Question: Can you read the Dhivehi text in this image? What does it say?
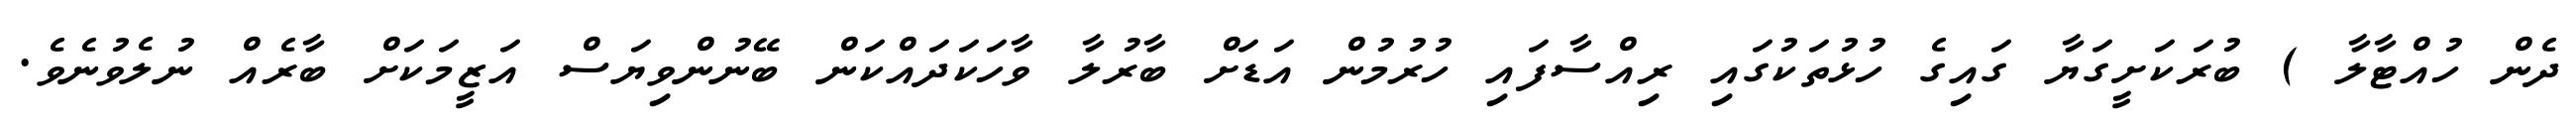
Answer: ދެން ހުއްޓާލާ ) ބުރަކަށީގަޔާ ގައިގެ ހުޅުތަކުގައި ރިއްސާފައި ހުރުމުން އަޑަށް ބާރުލާ ވާހަކަދައްކަން ބޭނުންވިޔަސް އަޒީމަކަށް ބާރެއް ނުލެވުނެވެ.